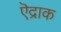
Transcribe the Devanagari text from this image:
ऎद्राक